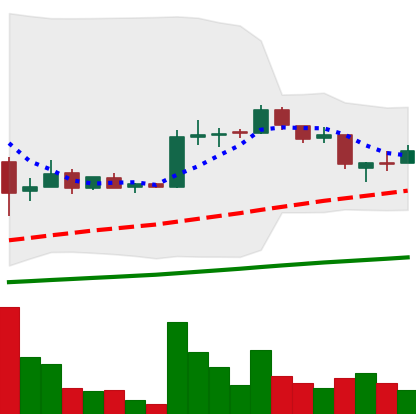
Ticker: LTC-USD
Chart end date: 2015-08-04
Forward return: -10.949%
Label: down_7plus